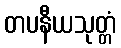
တပနီယသုတ္တံ